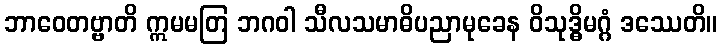
ဘာဝေတဗ္ဗာတိ ဣမမတြ ဘဂဝါ သီလသမာဓိပညာမုခေန ဝိသုဒ္ဓိမဂ္ဂံ ဒဿေတိ။